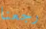
رجعنا